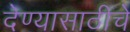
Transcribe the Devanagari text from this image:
देण्यासाठीचे